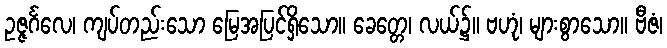
ဥဇ္ဇင်္ဂလေ၊ ကျပ်တည်းသော မြေအပြင်ရှိသော။ ခေတ္တေ၊ လယ်၌။ ဗဟုံ၊ များစွာသော။ ဗီဇံ၊